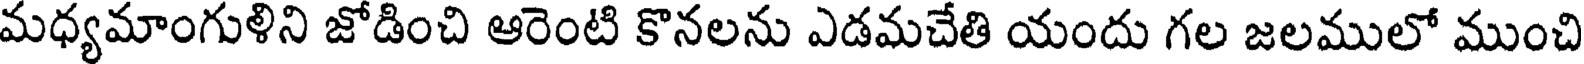
మధ్యమాంగుళిని జోడించి ఆరెంటి కొనలను ఎడమచేతి యందు గల జలములో ముంచి